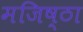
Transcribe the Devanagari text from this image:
मजिष्‍ठा